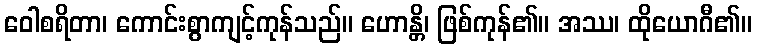
ဝေါစရိတာ၊ ကောင်းစွာကျင့်ကုန်သည်။ ဟောန္တိ၊ ဖြစ်ကုန်၏။ အဿ၊ ထိုယောဂီ၏။